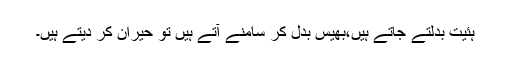
ہئیت بدلتے جاتے ہیں،بھیس بدل کر سامنے آتے ہیں تو حیران کر دیتے ہیں۔